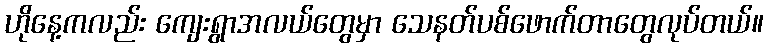
ဟိုနေ့ကလည်း ကျေးရွာအလယ်တွေမှာ သေနတ်ပစ်ဖောက်တာတွေလုပ်တယ်။